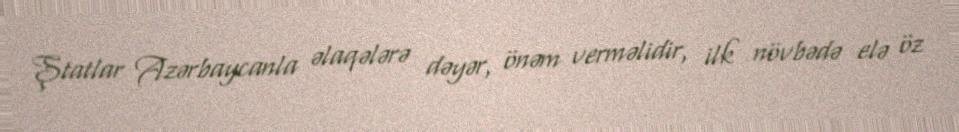
Ştatlar Azərbaycanla əlaqələrə dəyər, önəm verməlidir, ilk növbədə elə öz